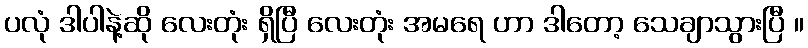
ပလုံ ဒါပါနဲ့ဆို လေးတုံး ရှိပြီ လေးတုံး အမရေ ဟာ ဒါတော့ သေချာသွားပြီ ။